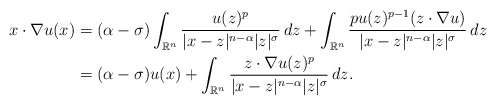
\begin{align*}x\cdot \nabla u(x) = {} & (\alpha - \sigma)\int_{\mathbb{R}^n}\frac{u(z)^p}{|x-z|^{n-\alpha}|z|^{\sigma}}\,dz + \int_{\mathbb{R}^n} \frac{p u(z)^{p-1}(z\cdot \nabla u)}{|x-z|^{n-\alpha}|z|^{\sigma}}\,dz \\= {} & (\alpha - \sigma)u(x) + \int_{\mathbb{R}^n} \frac{z\cdot \nabla u(z)^{p}}{|x-z|^{n-\alpha}|z|^{\sigma}}\,dz.\end{align*}